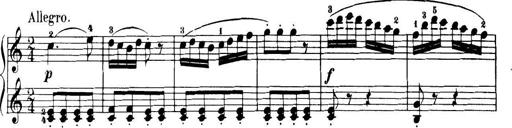
Title: 32 Sonatinas and Rondos for the Piano
Composer: Richard Kleinmichel